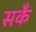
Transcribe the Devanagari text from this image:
सकेँ